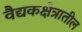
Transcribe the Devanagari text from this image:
वैद्यकक्षेत्रातील